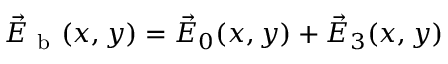
\vec { E } _ { \mathrm { ~ b ~ } } ( x , y ) = \vec { E } _ { 0 } ( x , y ) + \vec { E } _ { 3 } ( x , y )